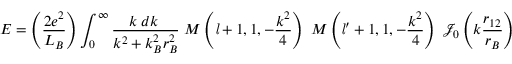
E = \left( { \frac { 2 e ^ { 2 } } { L _ { B } } } \right) \int _ { 0 } ^ { \infty } { \frac { k \; d k \; } { k ^ { 2 } + k _ { B } ^ { 2 } r _ { B } ^ { 2 } } } \; M \left( { \mathit { l } } + 1 , 1 , - { \frac { k ^ { 2 } } { 4 } } \right) \; M \left( { \mathit { l } } ^ { \prime } + 1 , 1 , - { \frac { k ^ { 2 } } { 4 } } \right) \; { \mathcal { J } } _ { 0 } \left( k { \frac { r _ { 1 2 } } { r _ { B } } } \right)